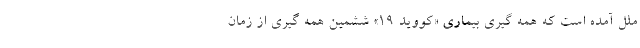
ملل آمده است که همه گیری بیماری «کووید ۱۹» ششمین همه گیری از زمان